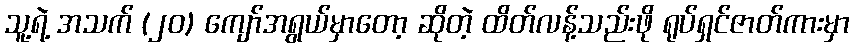
သူ့ရဲ့ အသက် (၂၀) ကျော်အရွယ်မှာတော့ ဆိုတဲ့ ထိတ်လန့်သည်းဖို ရုပ်ရှင်ဇာတ်ကားမှာ